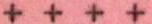
++++